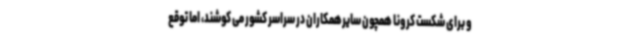
و برای شکست کرونا همچون سایرهمکاران در سراسر کشور می کوشند، اما توقع